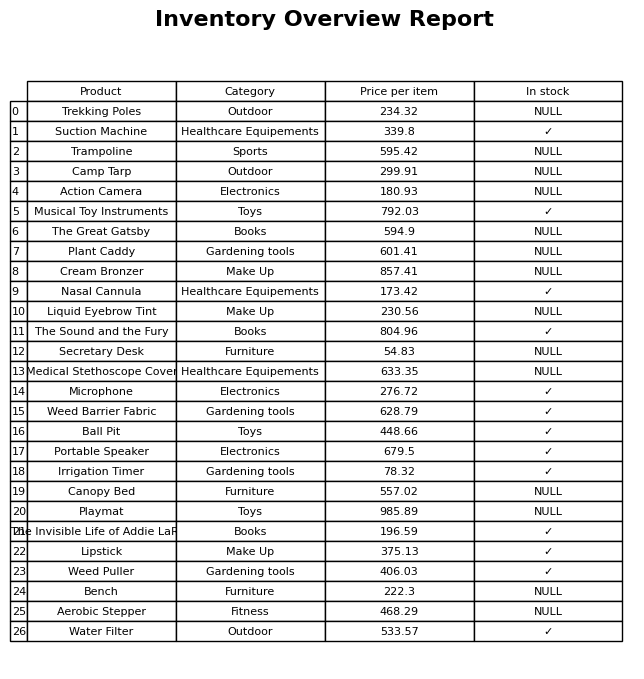
question: What is the price of the Trekking Poles?
answer: The price of Trekking Poles is 234.32.